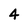
Character: 4